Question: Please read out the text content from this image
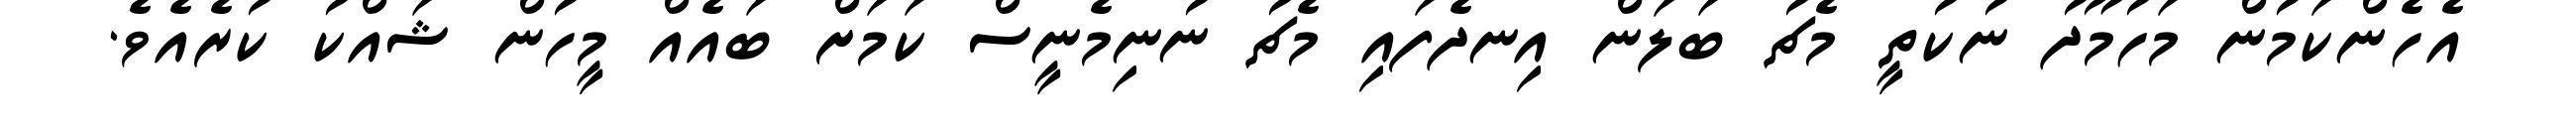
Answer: އެހެންކަމުން މަހުމޫދު ނުކުތީ މެޗު ބަލަން އިނދެފައި މެޗު ނުނިމެނީސް ކަމަށް ބައެއް މީހުން ޝައްކު ކުރެއެވެ.